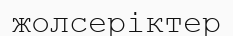
жолсеріктер